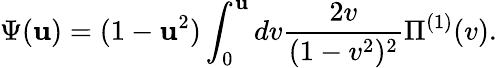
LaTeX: \Psi(\mathbf{u})=(1-\mathbf{u}^{2})\int_{0}^{\mathbf{u}}dv\frac{{2v}}{{(1-v^{2})^{2}}}\Pi^{(1)}(v).